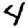
Digit: 4